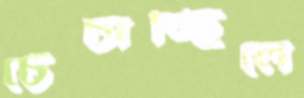
চেঁচাচ্ছিলে